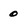
Character: 0